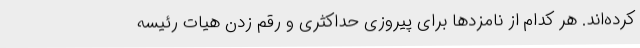
کرده‌اند. هر کدام از نامزدها برای پیروزی حداکثری و رقم زدن هیات رئیسه